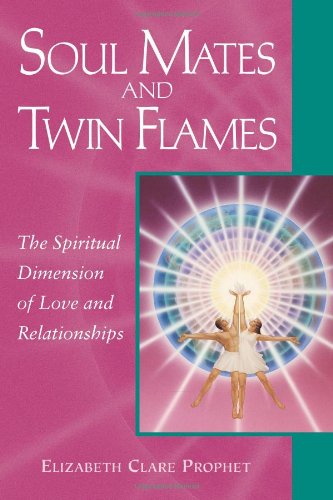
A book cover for Soul Mates And Twin Flames: The Spiritual Dimension of Love and Relationships (Pocket Guides to Practical Spirituality); Elizabeth Clare Prophet; Religion & Spirituality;